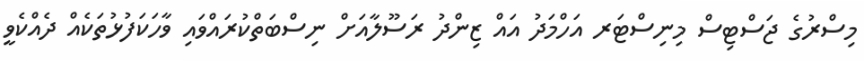
މިސްރުގެ ޖަސްޓިސް މިނިސްޓަރ އަހްމަދު އައް ޒިންދު ރަސޫލާއަށް ނިސްބަތްކުރައްވައި ވާހަކަފުޅުތަކެއް ދެއްކެވީ